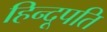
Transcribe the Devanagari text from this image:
हिन्दूपति